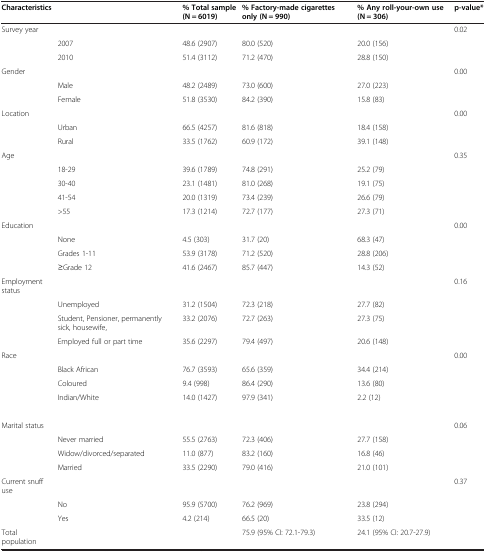
<table><thead><tr><td><b>Characteristics</b></td><td><b> </b></td><td><b>% Total sample (N = 6019)</b></td><td><b>% Factory-made cigarettes only (N = 990)</b></td><td><b>% Any roll-your-own use (N = 306)</b></td><td><b>p-value*</b></td></tr></thead><tbody><tr><td>Survey year</td><td> </td><td> </td><td> </td><td> </td><td>0.02</td></tr><tr><td> </td><td>2007</td><td>48.6 (2907)</td><td>80.0 (520)</td><td>20.0 (156)</td><td> </td></tr><tr><td> </td><td>2010</td><td>51.4 (3112)</td><td>71.2 (470)</td><td>28.8 (150)</td><td> </td></tr><tr><td>Gender</td><td> </td><td> </td><td> </td><td> </td><td>0.00</td></tr><tr><td> </td><td>Male</td><td>48.2 (2489)</td><td>73.0 (600)</td><td>27.0 (223)</td><td> </td></tr><tr><td> </td><td>Female</td><td>51.8 (3530)</td><td>84.2 (390)</td><td>15.8 (83)</td><td> </td></tr><tr><td>Location</td><td> </td><td> </td><td> </td><td> </td><td>0.00</td></tr><tr><td> </td><td>Urban</td><td>66.5 (4257)</td><td>81.6 (818)</td><td>18.4 (158)</td><td> </td></tr><tr><td> </td><td>Rural</td><td>33.5 (1762)</td><td>60.9 (172)</td><td>39.1 (148)</td><td> </td></tr><tr><td>Age</td><td> </td><td> </td><td> </td><td> </td><td>0.35</td></tr><tr><td> </td><td>18-29</td><td>39.6 (1789)</td><td>74.8 (291)</td><td>25.2 (79)</td><td> </td></tr><tr><td> </td><td>30-40</td><td>23.1 (1481)</td><td>81.0 (268)</td><td>19.1 (75)</td><td> </td></tr><tr><td> </td><td>41-54</td><td>20.0 (1319)</td><td>73.4 (239)</td><td>26.6 (79)</td><td> </td></tr><tr><td> </td><td>&gt;55</td><td>17.3 (1214)</td><td>72.7 (177)</td><td>27.3 (71)</td><td> </td></tr><tr><td>Education</td><td> </td><td> </td><td> </td><td> </td><td>0.00</td></tr><tr><td> </td><td>None</td><td>4.5 (303)</td><td>31.7 (20)</td><td>68.3 (47)</td><td> </td></tr><tr><td> </td><td>Grades 1-11</td><td>53.9 (3178)</td><td>71.2 (520)</td><td>28.8 (206)</td><td> </td></tr><tr><td> </td><td>≥Grade 12</td><td>41.6 (2467)</td><td>85.7 (447)</td><td>14.3 (52)</td><td> </td></tr><tr><td>Employment status</td><td> </td><td> </td><td> </td><td> </td><td>0.16</td></tr><tr><td> </td><td>Unemployed</td><td>31.2 (1504)</td><td>72.3 (218)</td><td>27.7 (82)</td><td> </td></tr><tr><td> </td><td>Student, Pensioner, permanently sick, housewife,</td><td>33.2 (2076)</td><td>72.7 (263)</td><td>27.3 (75)</td><td> </td></tr><tr><td> </td><td>Employed full or part time</td><td>35.6 (2297)</td><td>79.4 (497)</td><td>20.6 (148)</td><td> </td></tr><tr><td>Race</td><td> </td><td> </td><td> </td><td> </td><td>0.00</td></tr><tr><td> </td><td>Black African</td><td>76.7 (3593)</td><td>65.6 (359)</td><td>34.4 (214)</td><td> </td></tr><tr><td> </td><td>Coloured</td><td>9.4 (998)</td><td>86.4 (290)</td><td>13.6 (80)</td><td> </td></tr><tr><td> </td><td>Indian/White</td><td>14.0 (1427)</td><td>97.9 (341)</td><td>2.2 (12)</td><td> </td></tr><tr><td> </td><td> </td><td> </td><td> </td><td> </td><td> </td></tr><tr><td>Marital status</td><td> </td><td> </td><td> </td><td> </td><td>0.06</td></tr><tr><td> </td><td>Never married</td><td>55.5 (2763)</td><td>72.3 (406)</td><td>27.7 (158)</td><td> </td></tr><tr><td> </td><td>Widow/divorced/separated</td><td>11.0 (877)</td><td>83.2 (160)</td><td>16.8 (46)</td><td> </td></tr><tr><td> </td><td>Married</td><td>33.5 (2290)</td><td>79.0 (416)</td><td>21.0 (101)</td><td> </td></tr><tr><td>Current snuff use</td><td> </td><td> </td><td> </td><td> </td><td>0.37</td></tr><tr><td> </td><td>No</td><td>95.9 (5700)</td><td>76.2 (969)</td><td>23.8 (294)</td><td> </td></tr><tr><td> </td><td>Yes</td><td>4.2 (214)</td><td>66.5 (20)</td><td>33.5 (12)</td><td> </td></tr><tr><td>Total population</td><td> </td><td> </td><td>75.9 (95% CI: 72.1-79.3)</td><td>24.1 (95% CI: 20.7-27.9)</td><td> </td></tr></tbody></table>